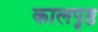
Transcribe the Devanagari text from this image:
कालपृष्ठ